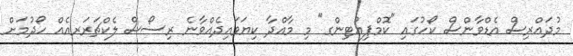
މުދައްރިސް އެޑްވާންސް ކޯހުގައި "ކޮމްޕިއުޓިންގ" މި މާއްދާ ކިޔަވައިދެއްވާނެ ރިސޯސް ލެކްޗަރަރއެއް ހޯދުމަށް